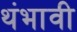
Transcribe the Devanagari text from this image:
थंभावी